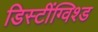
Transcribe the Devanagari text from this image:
डिस्टींग्विश्ड